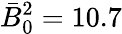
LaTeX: \bar{B}_{0}^{2}=10.7